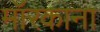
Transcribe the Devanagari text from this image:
मॉरकाना